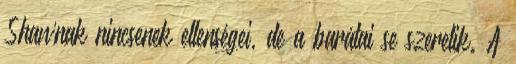
Shawnak nincsenek ellenségei, de a barátai se szeretik. A